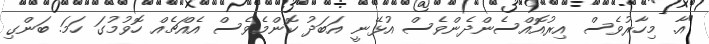
"އާ. މިހާރުވެސް އިރުއޮއްސެންދެންވެސް އުޅޭނީ އަބަދު ކޮންމެވެސް އެއްޗެއް ހޮވުމުގަ ހަމަ. ބަންގި